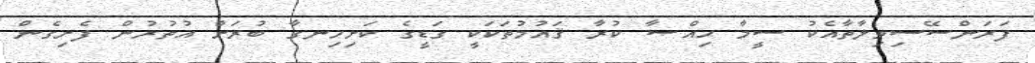
ފަރަންސޭސިވިލާތާއެކު ސީމާ ޙިއްޞާ ކުރާ ޤައުމުތަކަކީ ގަޑީގެ ކަށިހިނގާ ބުރަށް އުތުރުން ފެށިގެން